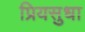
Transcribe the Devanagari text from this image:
प्रियसुधा